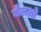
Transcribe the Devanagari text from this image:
मेलओ